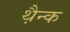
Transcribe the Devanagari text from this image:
थ़ैन्क